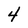
Character: 4